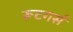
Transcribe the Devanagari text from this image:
रूटगर्स